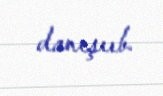
danışııb.